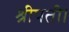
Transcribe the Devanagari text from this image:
श्रीपती।